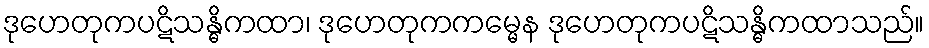
ဒုဟေတုကပဋိသန္ဓိကထာ၊ ဒုဟေတုကကမ္မေန ဒုဟေတုကပဋိသန္ဓိကထာသည်။